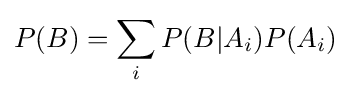
P(B)=\sum _{i}{P(B|A_{i})P(A_{i})}